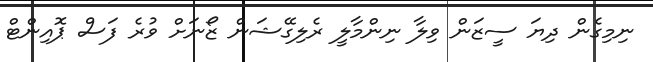
ނިމިގެން ދިޔަ ސީޒަން ވިލާ ނިންމާލީ ރެލިގޭޝަން ޒޯނަށް ވުރެ ފަސް ޕޮއިންޓް